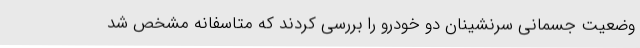
وضعیت جسمانی سرنشینان دو خودرو را بررسی کردند که متاسفانه مشخص شد